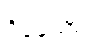
ရှိခဲ့သော